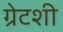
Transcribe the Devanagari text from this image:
ग्रेटशी